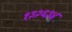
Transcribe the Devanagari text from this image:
१३२६३४